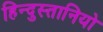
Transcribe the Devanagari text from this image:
हिन्दुस्तानियो